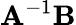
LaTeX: \mathbf{A}^{-1}\mathbf{B}